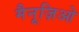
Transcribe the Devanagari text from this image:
मैनूज़िओ